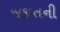
જકાતની